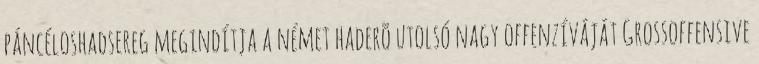
páncéloshadsereg megindítja a német haderõ utolsó nagy offenzíváját Grossoffensive